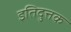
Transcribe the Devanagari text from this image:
इतिदुत्तक